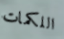
اللكمات